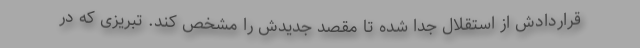
قراردادش از استقلال جدا شده تا مقصد جدیدش را مشخص کند. تبریزی که در